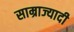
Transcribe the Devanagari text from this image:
साम्राज्यादी